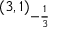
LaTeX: ( 3 , 1 ) _ { - { \frac { 1 } { 3 } } }